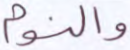
والنوم